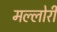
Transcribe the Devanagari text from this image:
मल्लोरी